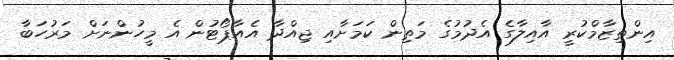
އިންތިޒާމްކުރީ އާއިލާގެ އެދުމުގެ މަތިން ކަމަށާއި ޖިއްދާ އެއާޕޯޓުން އެ މީހުންނަށް މަރުހަބާ